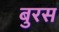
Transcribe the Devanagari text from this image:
बुरस